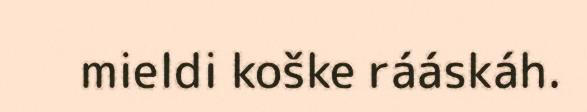
mieldi koške rááskáh.